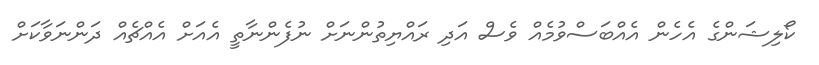
ކޯލިޝަންގެ އެހެން އެއްބަސްވުމެއް ވެސް އަދި ރައްޔިތުންނަށް ނުފެންނާތީ އެއަށް އެއްޗެއް ދަންނަވާކަށް